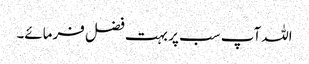
اللہ آپ سب پر بہت فضل فرمائے۔